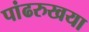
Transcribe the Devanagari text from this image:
पांढरुखया